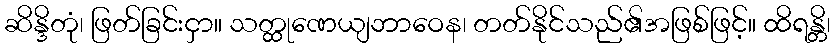
ဆိန္ဒိတုံ၊ ဖြတ်ခြင်းငှာ။ သတ္ထုဏေယျဘာဝေန၊ တတ်နိုင်သည်၏အဖြစ်ဖြင့်။ ထိရန္တိ၊